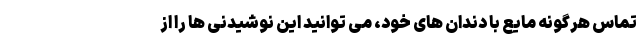
تماس هرگونه مایع با دندان های خود، می توانید این نوشیدنی ها را از